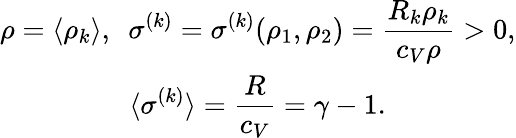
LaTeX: \begin{array}{cc}{\displaystyle{\rho=\langle\rho_{k}\rangle,\ \ \sigma^{(k)}=\sigma^{(k)}(\rho_{1},\rho_{2})=\frac{R_{k}\rho_{k}}{c_{V}\rho}>0,}}\\ {\displaystyle{\langle\sigma^{(k)}\rangle=\frac{R}{c_{V}}=\gamma-1.}}\end{array}